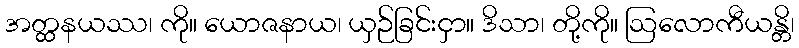
အတ္ထနယဿ၊ ကို။ ယောဇနာယ၊ ယှဉ်ခြင်းငှာ။ ဒိသာ၊ တို့ကို။ ဩလောကီယန္တိ၊